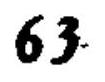
\(63\)